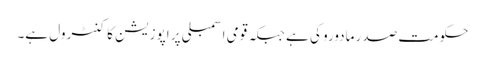
حکومت صدر مادورو کی ہے جبکہ قومی اسمبلی پر اپوزیشن کا کنٹرول ہے۔